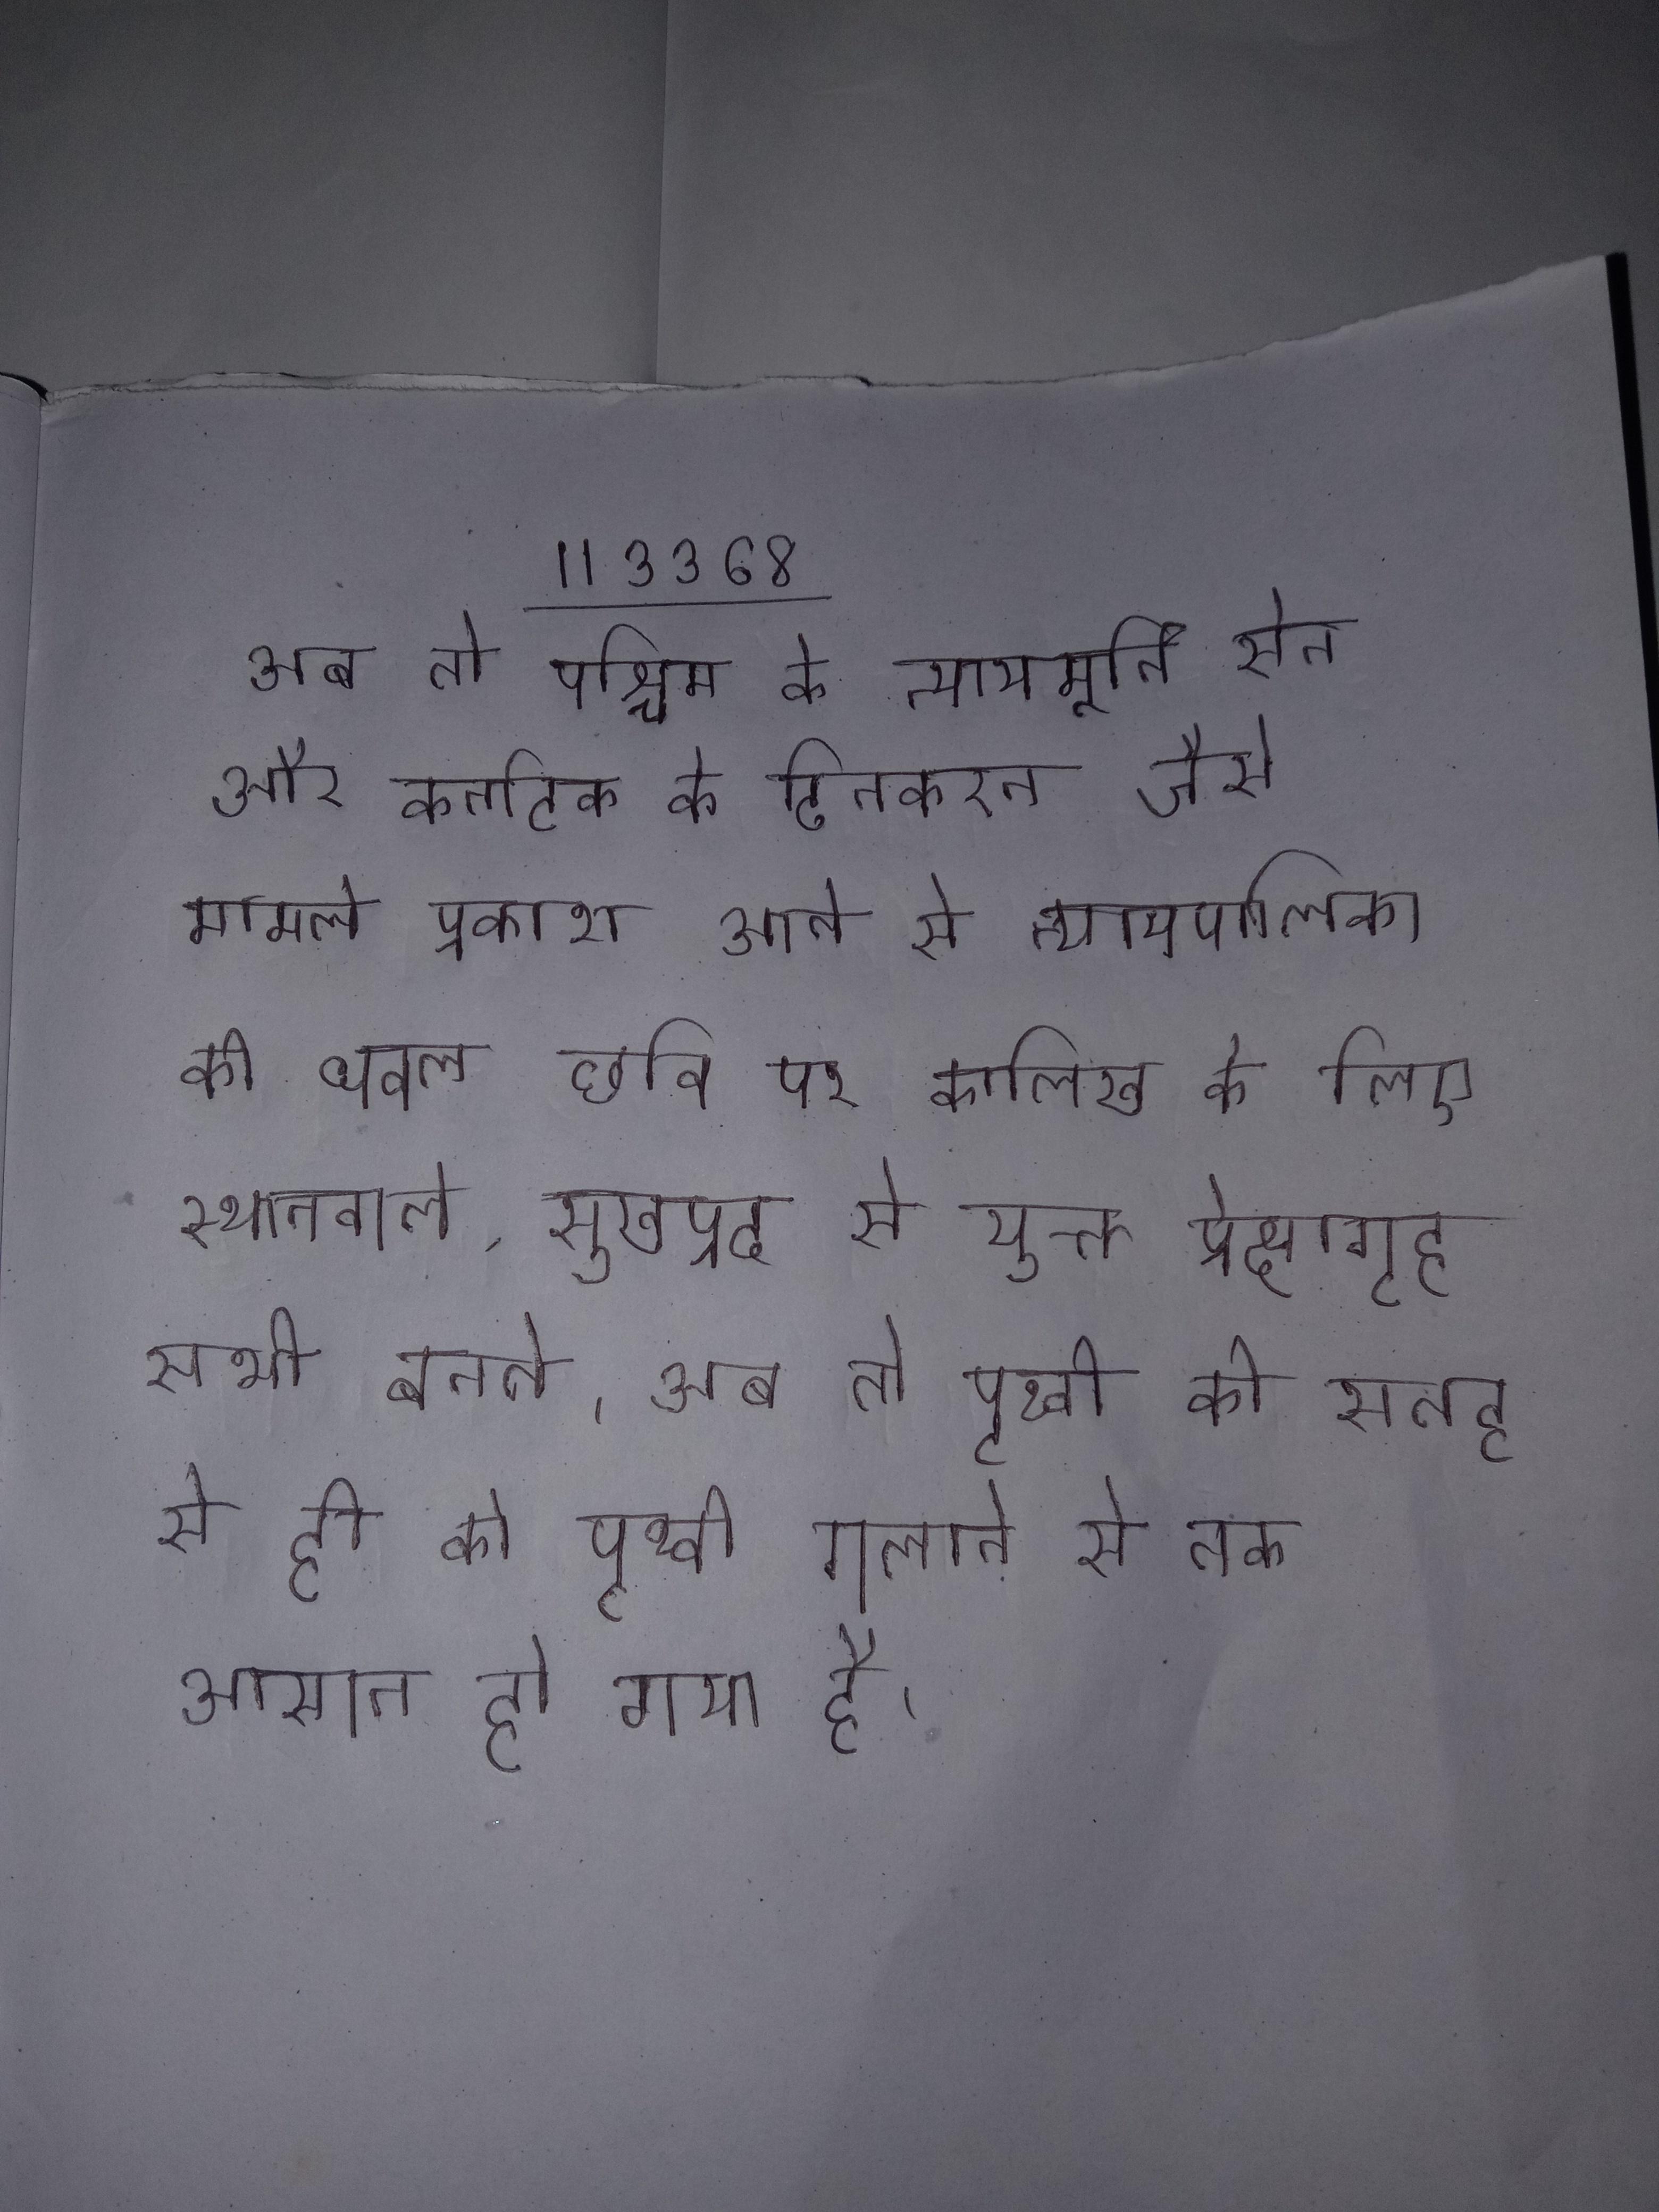
अब तो पश्चिम के न्यायमूर्ति सेन और कर्नाटक के दिनकरन जैसे मामले प्रकाश आने से न्यायपालिका की धवल छवि पर कालिख के । अब तो छह हजार के लिए स्थानवाले, सुखप्रद से युक्त प्रेक्षागृह सभी बनते । अब तो पृथ्वी की सतह से ही को पृथ्वी गलाने से तक आसान हो गया है ।